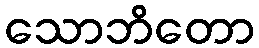
သောဘိတော